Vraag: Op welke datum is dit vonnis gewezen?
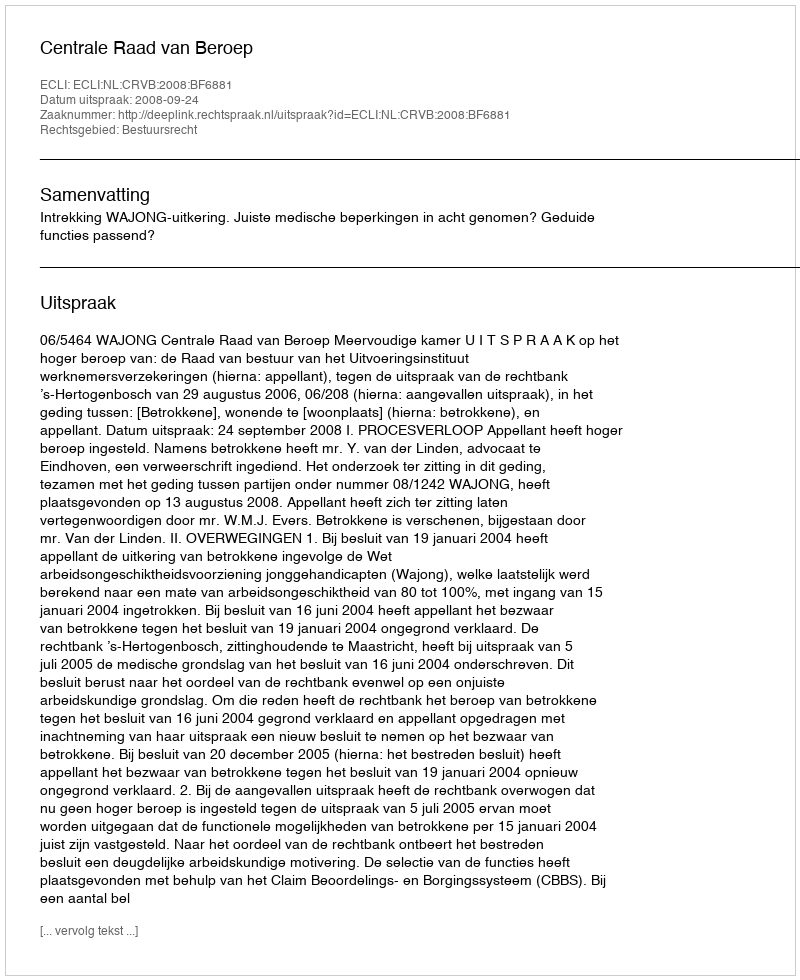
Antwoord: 2008-09-24